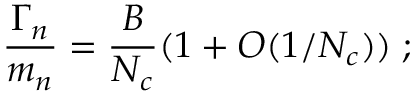
\frac { \Gamma _ { n } } { m _ { n } } = \frac { B } { N _ { c } } ( 1 + { \cal O } ( 1 / N _ { c } ) ) \; ;